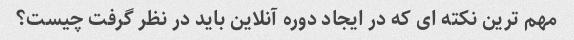
مهم ترین نکته ای که در ایجاد دوره آنلاین باید در نظر گرفت چیست؟